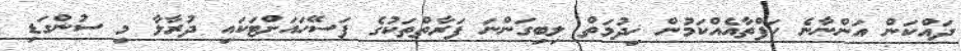
ދައްކަން އަންނާނެ ހަފްތާއެއްކަމުން ޚިދުމަތް ލިބިގަންނަ ފަރާތްތަކުގެ ފަސޭހައަށްޓަކައި ދުރާލާ މި ސުންގަޑި